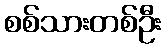
စစ်သားတစ်ဦး